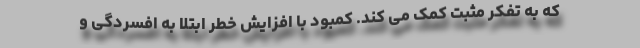
که به تفکر مثبت کمک می کند. کمبود با افزایش خطر ابتلا به افسردگی و